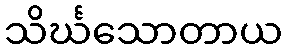
သိင်္ဃသောတာယ